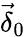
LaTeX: \vec{\delta}_{0}